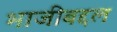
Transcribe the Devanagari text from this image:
भाजीबद्दल